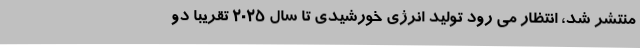
منتشر شد، انتظار می رود تولید انرژی خورشیدی تا سال 2025 تقریبا دو